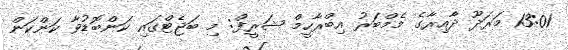
13:01 މަރަދޫ ދާއިރާގެ މެމްބަރު އިބްރާހީމް ޝަރީފް: މި ބަޖެޓްގައި ކަންބޮޑުވާ ކަންކަން